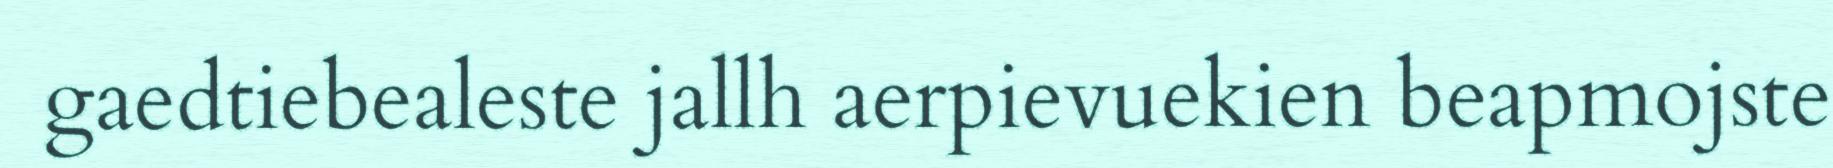
gaedtiebealeste jallh aerpievuekien beapmojste